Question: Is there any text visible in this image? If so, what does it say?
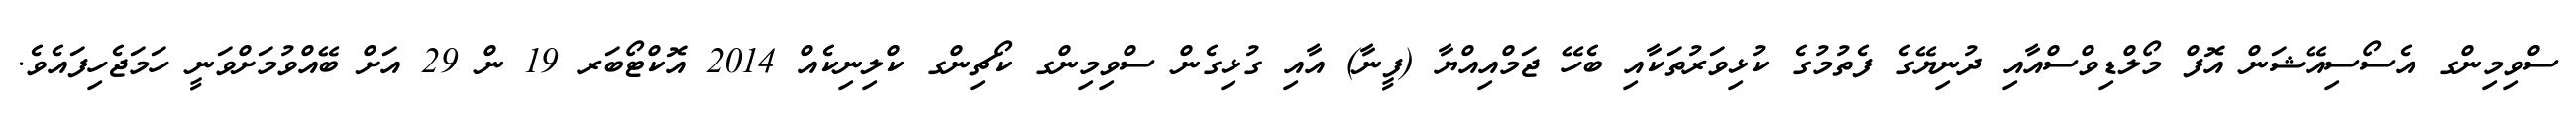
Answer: ސްވިމިންގ އެސޯސިއޭޝަން އޮފް މޯލްޑިވްސްއާއި ދުނިޔޭގެ ފެތުމުގެ ކުޅިވަރުތަކާއި ބެހޭ ޖަމްއިއްޔާ (ފީނާ) އާއި ގުޅިގެން ސްވިމިންގ ކޯޗިންގ ކްލިނިކެއް 2014 އޮކްޓޯބަރ 19 ން 29 އަށް ބޭއްވުމަށްވަނީ ހަމަޖެހިފައެވެ.